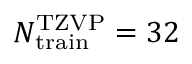
N _ { \mathrm { t r a i n } } ^ { \mathrm { T Z V P } } = 3 2